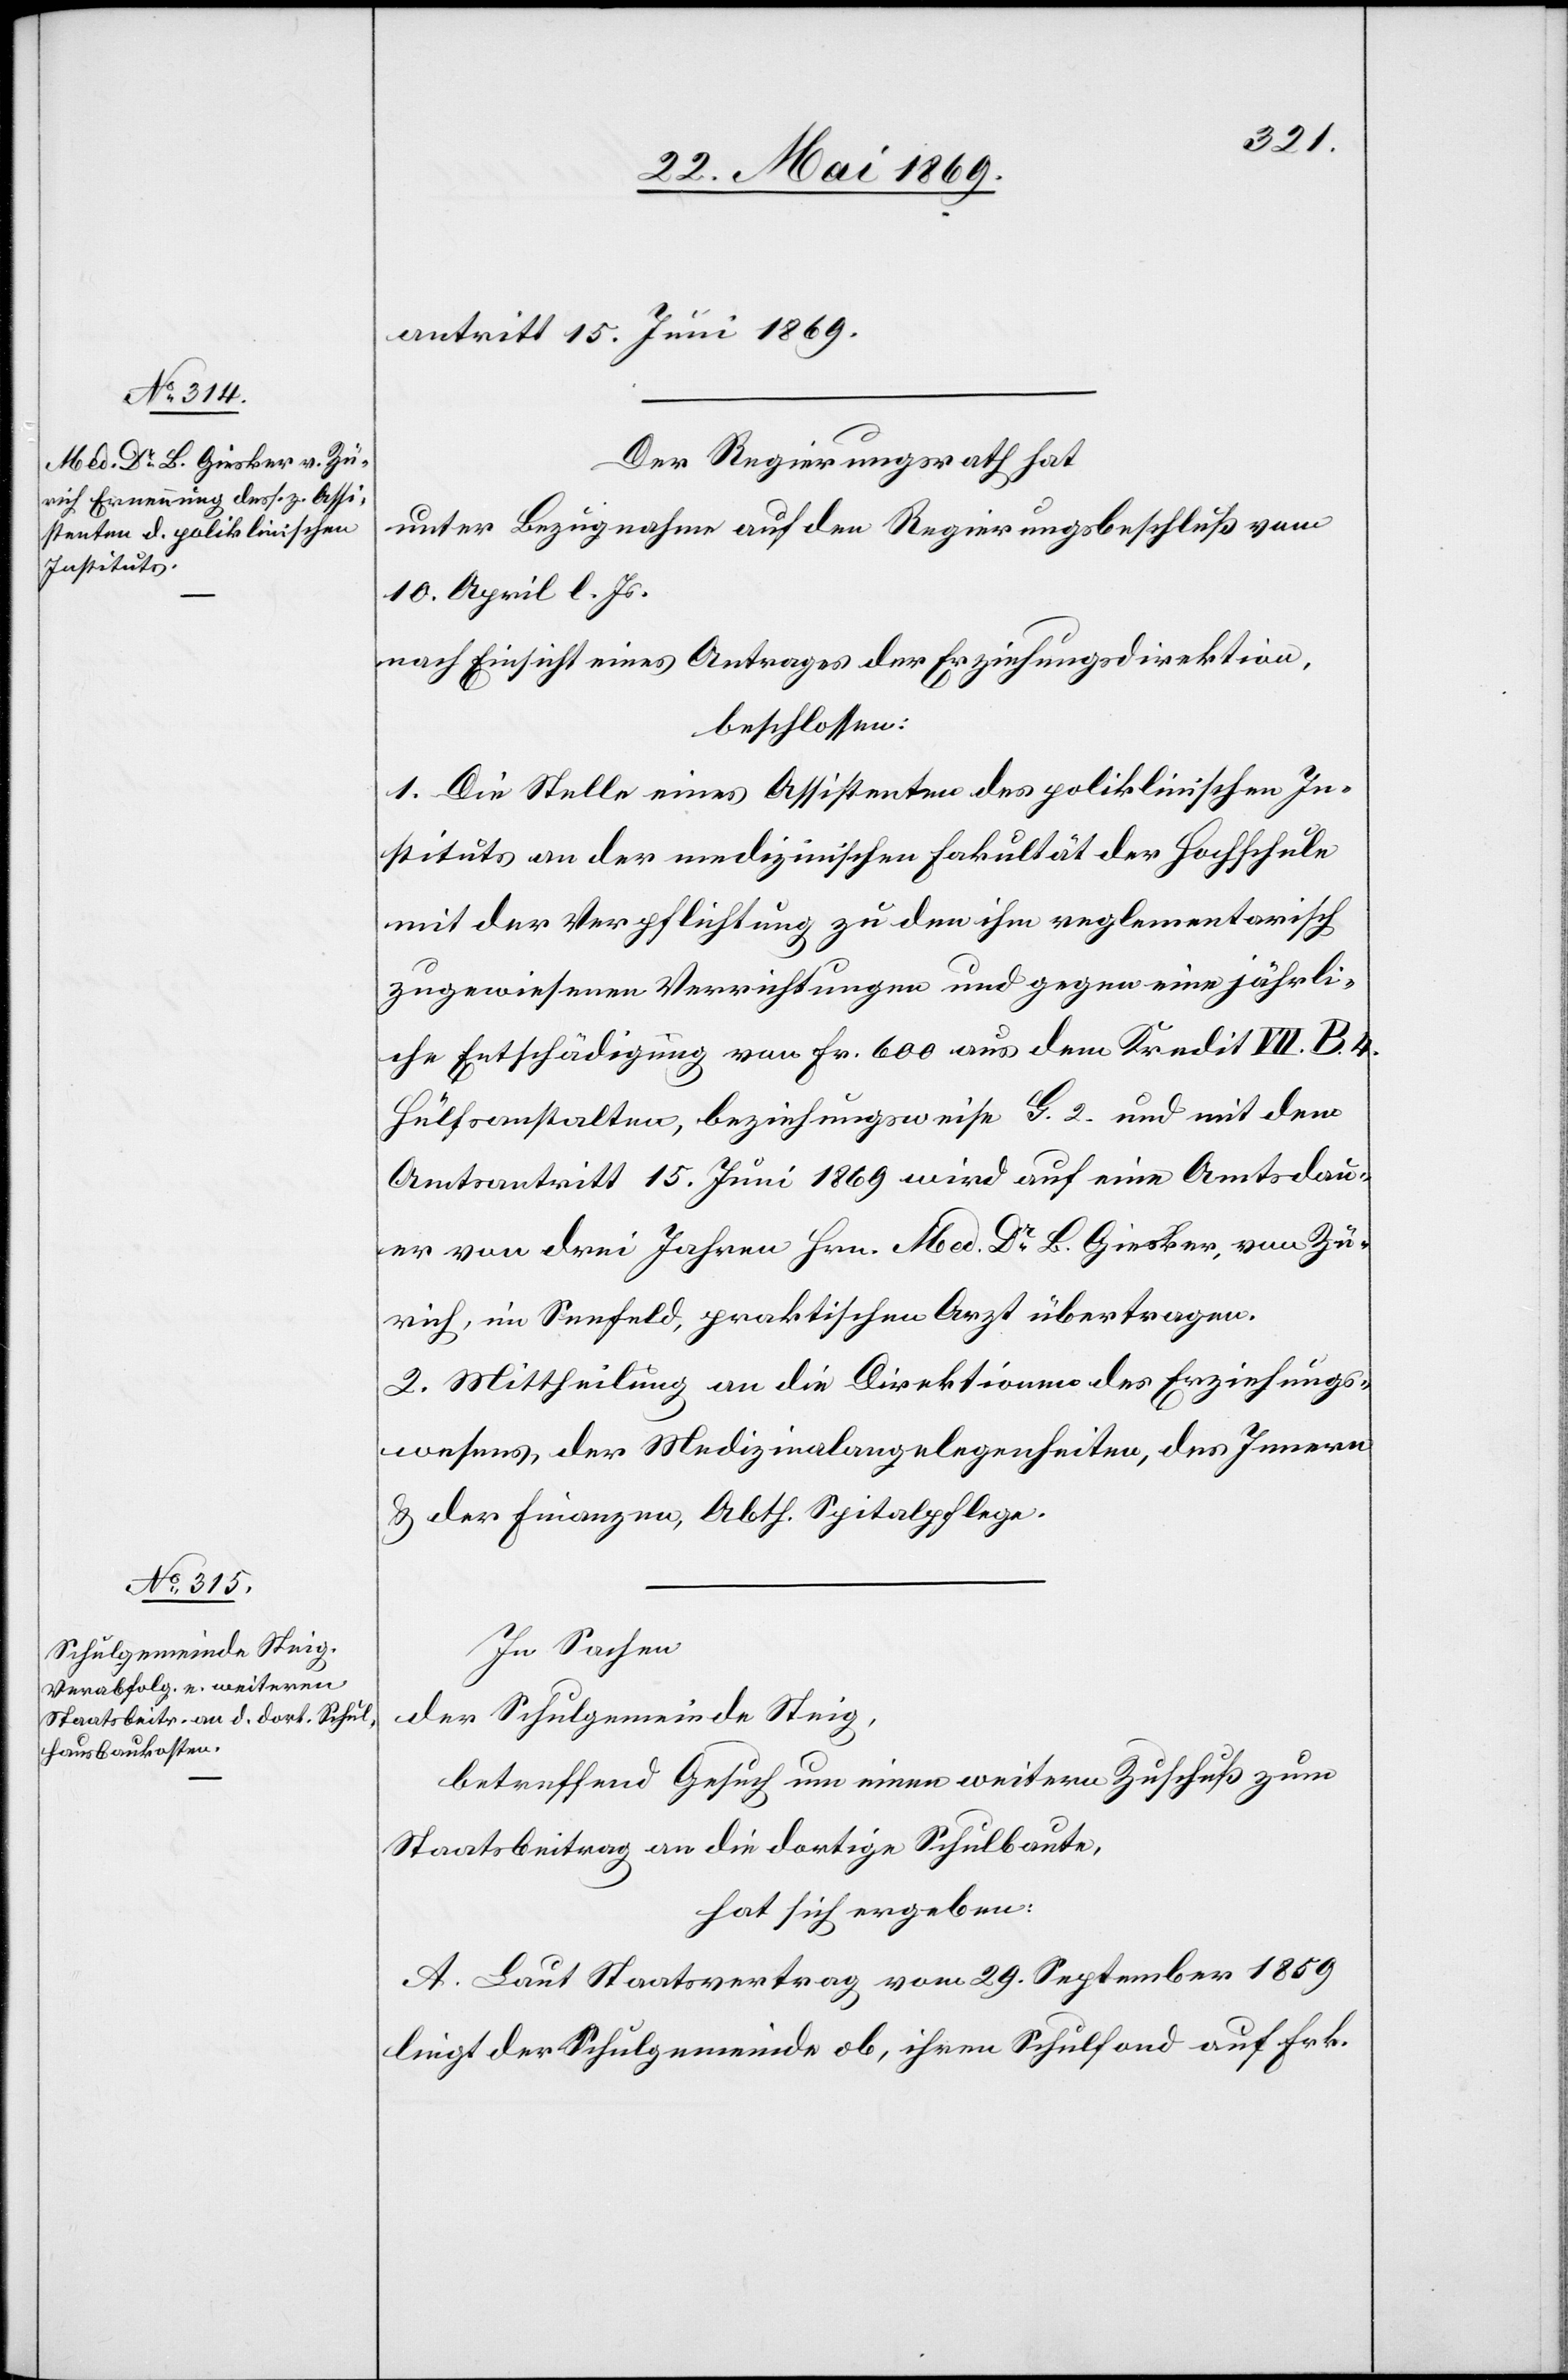
antritt 15. Juni 1869.
Der Regierungsrath hat
unter Bezugnahme auf den Regierungsbeschluß vom
10. April l. Js.
nach Einsicht eines Antrages der Erziehungsdirektion.
beschlossen:
1. Die Stelle eines Assistenten des poliklinischen In¬
stituts an der medizinischen Fakultät der Hochschule
mit der Verpflichtung zu dem ihm reglementarisch
zugewiesenen Verrichtungen und gegen eine jährli¬
che Entschädigung von Fr. 600 aus dem Kredit VII. B. 4
Hülfsanstalten, beziehungsweise G. 2. und mit dem
Amtsantritt 15 Juni 1869 wird auf eine Amtsdau¬
er von drei Jahren Hrn. Med. Dr L. Giesler, von Zü¬
rich, im Seefeld, praktischen Arzt übertragen.
2. Mittheilung an die Direktionen des Erziehungs¬
wesens, der Medizinalangelegenheiten, des Innern
und der Finanzen, Abth. Spitalpflege.
In Sachen
der Schulgemeinde Steig,
betreffend Gesuch um einen weitern Zuschuß zum
Staatsbeitrag an die dortige Schulbaute,
hat sich ergeben:
A. Laut Staatsvertrag vom 29. September 1859
liegt der Schulgemeinde ob, ihrem Schulfond auf Frk.